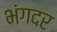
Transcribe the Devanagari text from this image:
भंगदर